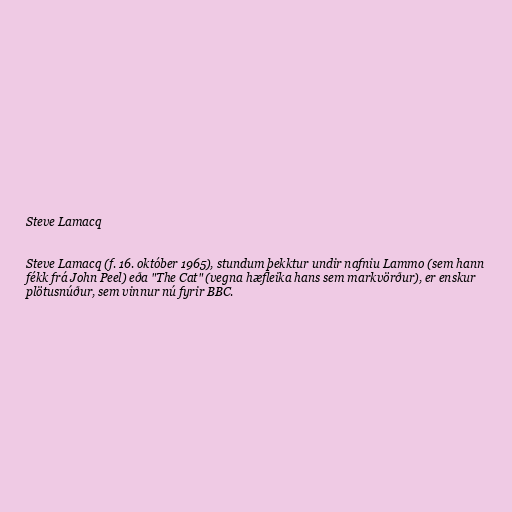
Steve Lamacq

Steve Lamacq (f. 16. október 1965), stundum þekktur undir nafniu Lammo (sem hann
fékk frá John Peel) eða "The Cat" (vegna hæfleika hans sem markvörður), er enskur
plötusnúður, sem vinnur nú fyrir BBC.